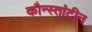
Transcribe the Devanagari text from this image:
कौन्स्तांटीन